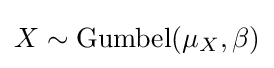
X\sim \mathrm {Gumbel} (\mu _{X},\beta )